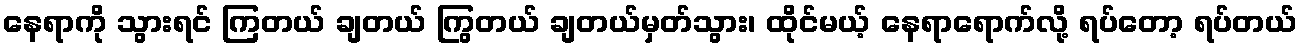
နေရာကို သွားရင် ကြတယ် ချတယ် ကြွတယ် ချတယ်မှတ်သွား၊ ထိုင်မယ့် နေရာရောက်လို့ ရပ်တော့ ရပ်တယ်